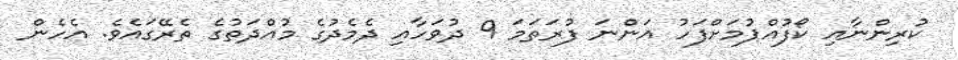
ކުރިންނާއި ކޯފުއްޕުމަށްފަހު އަންނަ ފުރަތަމަ 9 ދުވަހާއި ދެމެދުގެ މުއްދަތުގެ ތެރޭގައެވެ. އެހެން